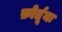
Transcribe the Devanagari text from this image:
फ़ोर्तूनः